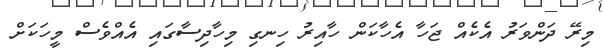
މިރޭ ދަންވަރު އެކެއް ޖަހާ އެހާކަން ހާއިރު ހިނގި މިހާދިސާގައި އެއްވެސް މީހަކަށް